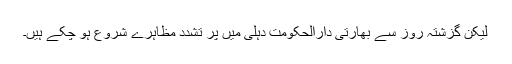
لیکن گزشتہ روز سے بھارتی دارالحکومت دہلی میں پر تشدد مظاہرے شروع ہو چکے ہیں۔